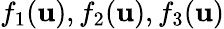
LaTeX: f_{1}({\mathbf{u}}),f_{2}({\mathbf{u}}),f_{3}({\mathbf{u}})